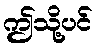
ဤသို့ပင်